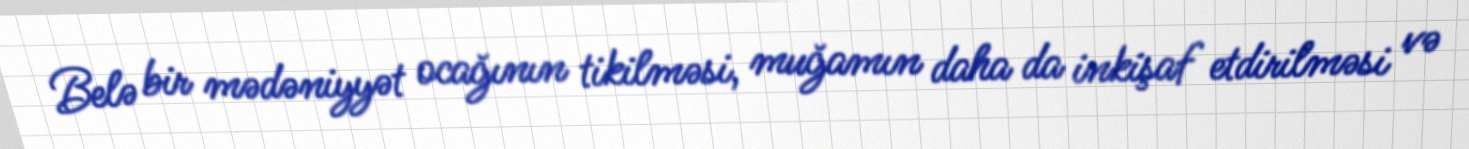
Belə bir mədəniyyət ocağının tikilməsi, muğamın daha da inkişaf etdirilməsi və